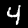
Label: 4